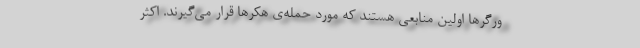
ورگرها اولین منابعی هستند که مورد حمله‌ی هکرها قرار می‌گیرند. اکثر